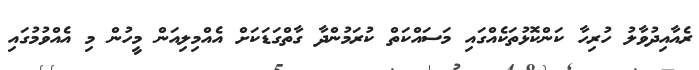
ރެއާއިދުވާލު ހުރިހާ ކަންކޮޅުތަކެއްގައި މަސައްކަތް ކުރަމުންދާ ގާތްގަޑަކަށް އެއްމިލިއަން މީހުން މި އެއްވުމުގައި